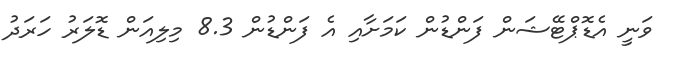
ވަނީ އެޑޮޕްޓޭޝަން ފަންޑުން ކަމަށާއި އެ ފަންޑުން 8.3 މިލިއަން ޑޮލަރު ހަރަދު